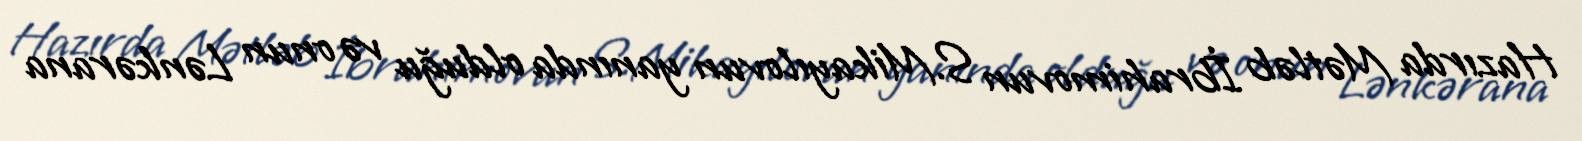
Hazırda Mətləb İbrahimovun S.Mikayılovun yanında olduğu və onun Lənkərana